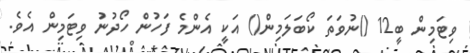
ވިޓަމިން ބީ12 ()ނުވަތަ ކޯބަލަމިން() އަކީ އެންމެ ފަހުން ހޯދުނު ވިޓަމިން އެވެ.